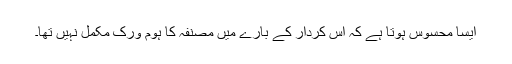
ایسا محسوس ہوتا ہے کہ اس کردار کے بارے میں مصنفہ کا ہوم ورک مکمل نہیں تھا۔